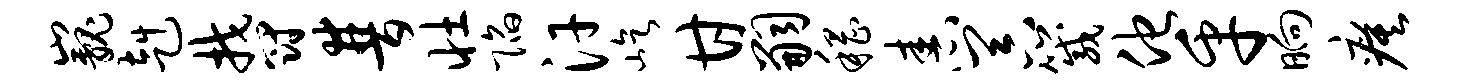
巍赳郁普壮陷汗屹甘嗣稽舂器箴他乎晌瘼